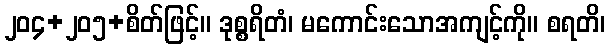
၂၀၄+၂၀၅+စိတ်ဖြင့်။ ဒုစ္စရိတံ၊ မကောင်းသောအကျင့်ကို။ စရတိ၊